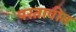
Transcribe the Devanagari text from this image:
परतावीत